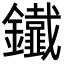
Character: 𨰕